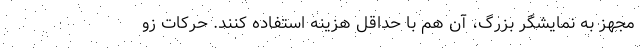
مجهز به نمایشگر بزرگ، آن هم با حداقل هزینه استفاده کنند. حرکات زو